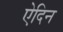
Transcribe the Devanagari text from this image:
ऐदिन